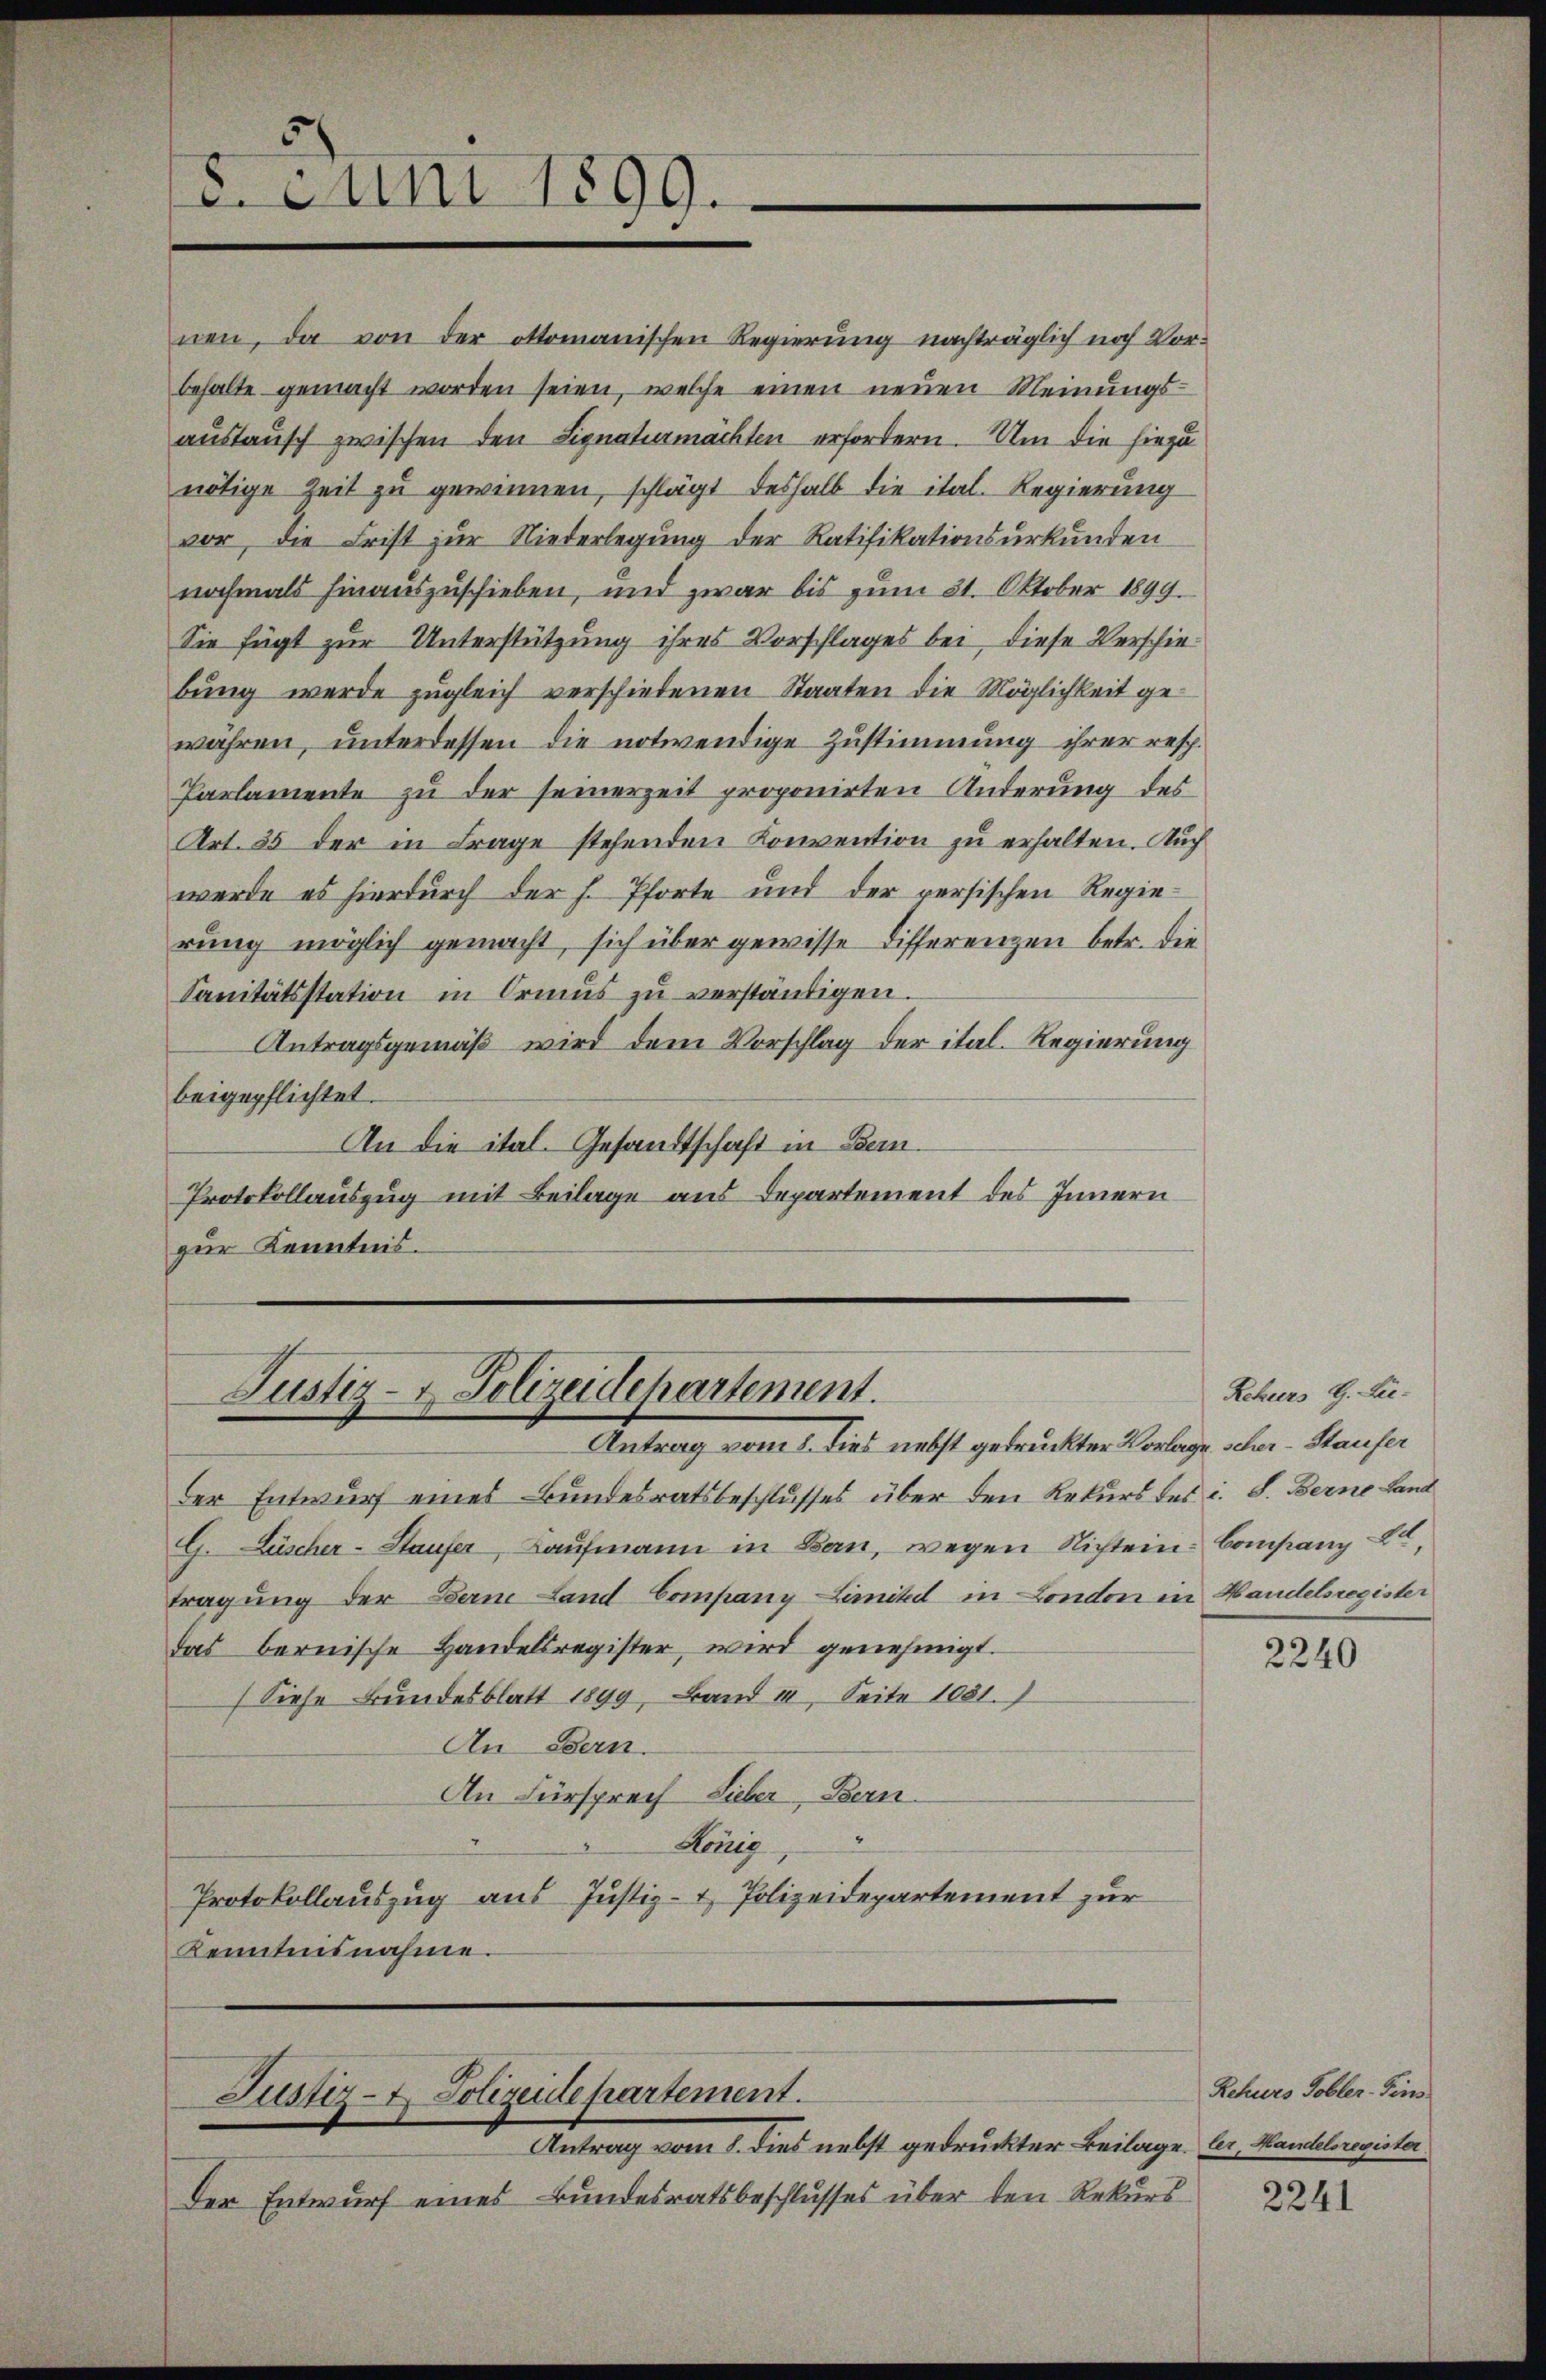
. Juni 1899.

Justiz- & Polizeidepartement.
Antrag voll dies necht getrunckten Vorlage aber Klauser

Justiz- & Polizeide partement.

nen, da von der ottomanischen Regierung nachträglich noch Vorbehalte gemacht worden seien, welche einen neŭen Meinŭngs-
austausch zwischen den Signaturmächten erfordern. Um die hiezu
nötige Zeit zu gewinnen, schlägt deshalb die ital. Regierung
vor, die Frist zur Niederlegung der Ratifikationsurkunden
nochmals hinauszuschieben, und zwar bis zum 31. Oktober 1899.
Sie fügt zur Unterstützung ihres Vorschlages bei, diese Verschiebŭng werde zŭgleich verschiedenen Staaten die Möglichkeit gewähren, unterdessen die notwendige Zustimmung ihrer resp.
Parlamente zu der seinerzeit proponirten Anderung des
Art. 35 der in Frage stehenden Konvention zu erhalten. Auch
werde es hierdurch der h. Pforte und der versischen Regierung möglich gemacht, sich über gewisse Differenzen betr. die
Sanitätsstation in Ormŭs zŭ verständigen.
Antragsgemäß wird dem Vorschlag der ital. Regierung
beigepflichtet.
An die ital. Gesandtschaft in Bei¬
Protokollauszug mit Beilage aus Departement des Innern
zur Kenntnis.

Antrag vom 8. dies nebst gedruckter Beilage. Cer, Handelsregister
Der Entwurf eines Bundesratsbeschlusses über den Rekurs

der Entwurf eines Bundesratsbeschlusses über den Rekurs des i. S. Berne Land
G. Lüscher-Staufer, Kaufmann in Bern, wegen Nichtein Company L,
tragung der Bem Land Company Laikd in London in Handelsregister
das bernische Handelsregister, wird genehmigt.
(Siehe Bundesblatt 1899, Band 1, Seite 1081.)
An Bern.
An Fürsprech Lieber, Bern.
2
König
Protokollauszug aus Justiz- & Polizeidepartement zur
Kenntnisnahme.

Reheers G. Lie-

2240

Rehurs Tobler-Fins

2241